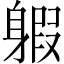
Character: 𨉣